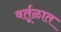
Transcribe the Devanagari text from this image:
वर्तूळात